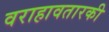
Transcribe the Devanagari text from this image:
वराहावतारकी